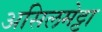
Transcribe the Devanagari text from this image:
असिलमेट्टा